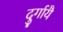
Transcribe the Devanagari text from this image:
दुर्गायै